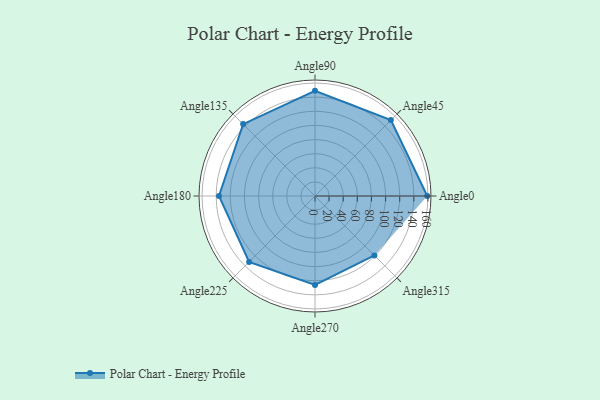
{"axis": {"x": "Angle", "y": "Radius"}, "legend": [""], "data": [{"x": "Angle0", "y": 159.0, "type": ""}, {"x": "Angle45", "y": 152.0, "type": ""}, {"x": "Angle90", "y": 149.0, "type": ""}, {"x": "Angle135", "y": 144.0, "type": ""}, {"x": "Angle180", "y": 136.0, "type": ""}, {"x": "Angle225", "y": 132.0, "type": ""}, {"x": "Angle270", "y": 126.0, "type": ""}, {"x": "Angle315", "y": 119.0, "type": ""}]}